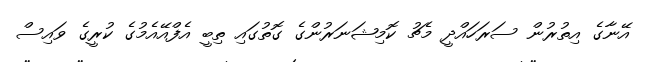
އޭނާގެ އިތުރުން ސަރަހައްދީ މެޗު ކޮމިޝަނަރުންގެ ގޮތުގައި ތިބީ އެފްއޭއެމުގެ ކުރީގެ ވައިސް